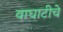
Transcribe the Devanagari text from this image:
वाघाटीचे